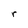
Character: r